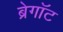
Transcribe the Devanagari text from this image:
ब्रेगॉट